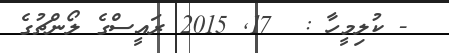
- ކުލިމީހާ :  17